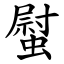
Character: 螱